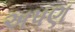
અપણ